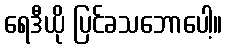
ရေဒီယို ပြင်ခသဘောပေါ့။